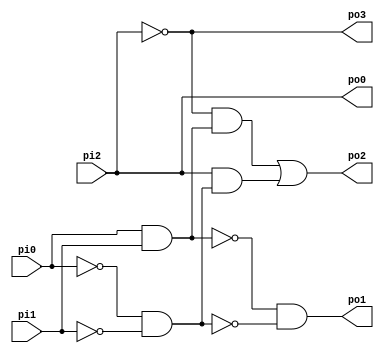
// Benchmark "top" written by ABC on Fri Sep  4 10:02:12 2020

module top (
    pi0, pi1, pi2,
    po0, po1, po2, po3  );
  input  pi0, pi1, pi2;
  output po0, po1, po2, po3;
  wire new_n8_, new_n9_, new_n11_, new_n12_;
  assign new_n8_ = pi0 & pi1;
  assign new_n9_ = ~pi0 & ~pi1;
  assign po1 = ~new_n8_ & ~new_n9_;
  assign new_n11_ = ~pi2 & new_n8_;
  assign new_n12_ = pi2 & new_n9_;
  assign po2 = new_n11_ | new_n12_;
  assign po3 = ~pi2;
  assign po0 = pi2;
endmodule